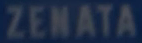
ZENATA